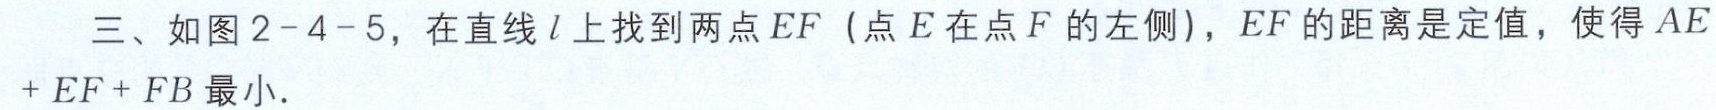
三、如图2 - 4 - 5，在直线\(l\)上找到两点\(E,F\)（点\(E\)在点\(F\)的左侧），\(EF\)的距离是定值，使得\(AE + EF+FB\)最小.